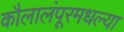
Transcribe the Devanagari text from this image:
कौलालंपूरमधल्या